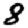
Digit: 8